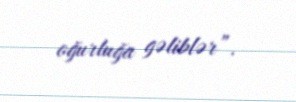
oğurluğa gəliblər”.